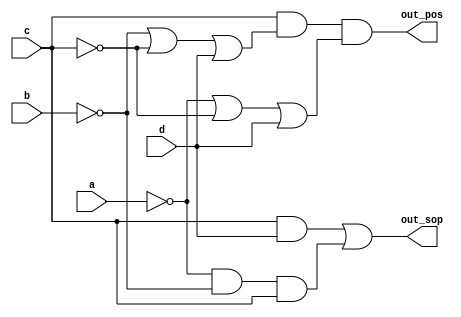
// Exercise 3-1-4-5: Minimum SOP and POS
module SOPnPOS (
    input a,
    input b,
    input c,
    input d,
    output out_sop,
    output out_pos
);
    // a,b,c,d
    // logic 1 when {a,b,c,d} = 2, 7, 15
    // logic 0 when {a,b,c,d} = 0, 1, 4, 5, 6, 9, 10, 13, 14
    // {a,b,c,d} = 3, 8, 11, 12  never occur aka don't care
    assign out_sop = (c & d) | (~a & ~b & c);
    assign out_pos = c & (~b | ~c | d) & (~a | ~c | d);
endmodule